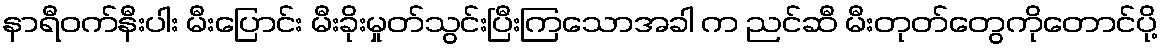
နာရီဝက်နီးပါး မီးပြောင်း မီးခိုးမှုတ်သွင်းပြီးကြသောအခါ က ညင်ဆီ မီးတုတ်တွေကိုတောင်ပို့